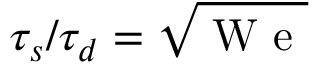
{ \tau _ { s } } / { \tau _ { d } } = \sqrt { \mathrm { ~ W ~ e ~ } }